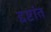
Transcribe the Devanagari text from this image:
द्दष्टांत